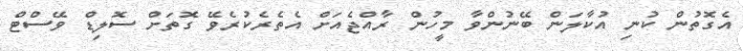
އެގޮތުން ކުނި އުކާލަން ބޭނުންވާ މީހުން ރާއްޖެއަށް އެތެރެކުރެވޭ ގޮތަށް ސޮލިޑް ވޭސްޓް